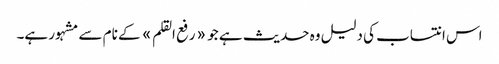
اس انتساب کی دلیل وہ حدیث ہے جو «رفع القلم» کے نام سے مشہور ہے۔